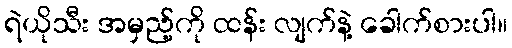
ရဲယိုသီး အမှည့်ကို ထန်း လျက်နဲ့ ခေါက်စားပါ။